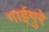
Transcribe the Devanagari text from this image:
गाईगुरे